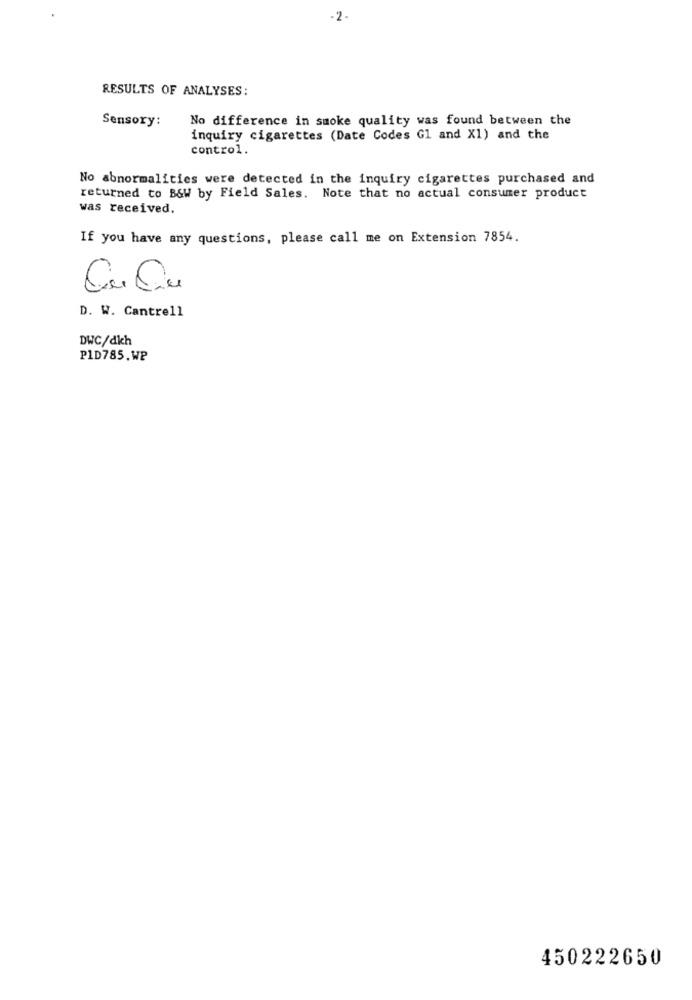
-2.
RESULTS OF ANALYSES:
Sensory:
No difference in smoke quality was found between the
inquiry cigarettes (Date Codes Gl and X1) and the
control.
No abnormalities were detected in the inquiry cigarettes purchased and
returned to B&W by Field Sales. Note that no actual consumer product
was received.
If you have any questions, please call me on Extension 7854.
D. W. Cantrell
DWC/dkh
PID785.WP
450222650